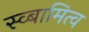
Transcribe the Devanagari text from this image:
स्व्बामित्व